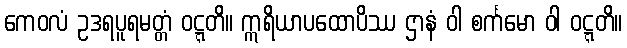
ကေဝလံ ဥဒရပူရမတ္တံ ဝဋ္ဋတိ။ ဣရိယာပထောပိဿ ဌာနံ ဝါ စင်္ကမော ဝါ ဝဋ္ဋတိ။